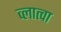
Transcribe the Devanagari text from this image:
व्लात्वा